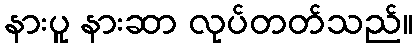
နားပူ နားဆာ လုပ်တတ်သည်။